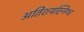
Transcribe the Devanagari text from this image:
अतिशयस्निग्ध